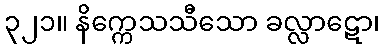
၃၂၁။ နိက္ကေသသီသော ခလ္လာဋော၊